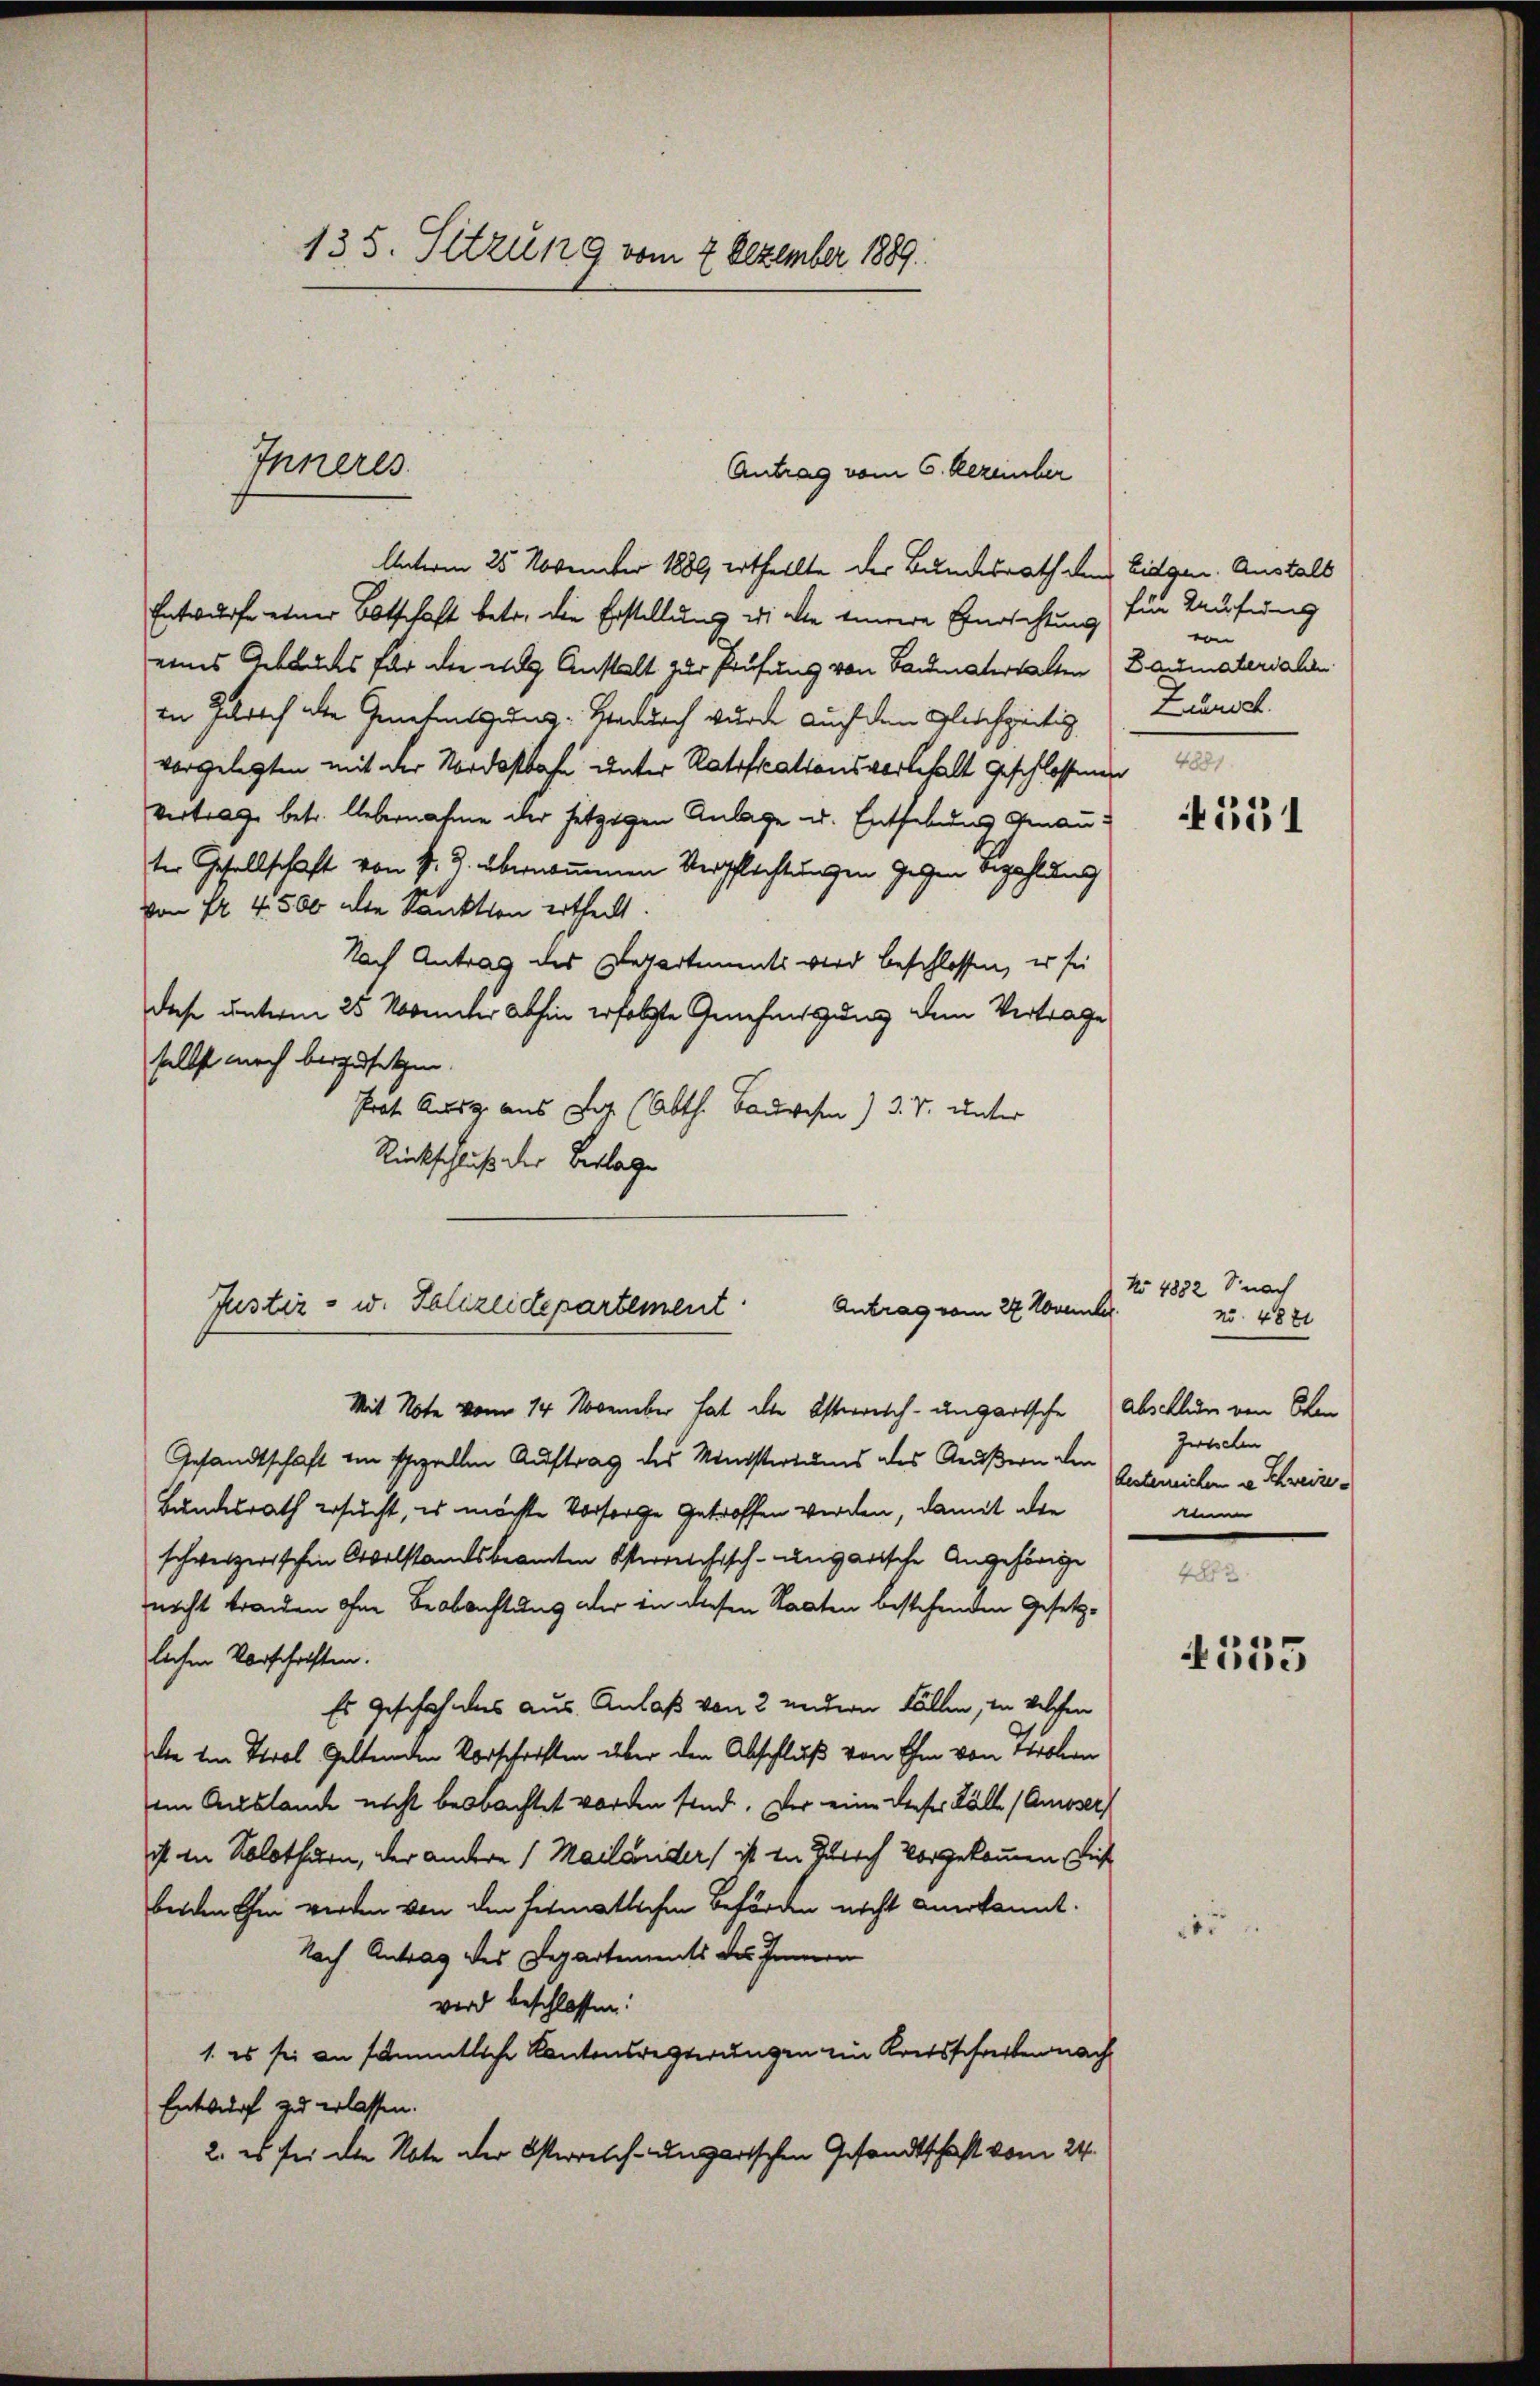
135. Sitzung vom 2. Dezember 1889.

Unterm 25. November 1889 ertheilte der Bundesrath den Eidgen. Anstalt
Entwurfe einer Botschaft betr. die Erstellung wiede innere Einrichtung
eines Gebäudes für die als Anstalt zur Prüfung von Baumaterhalten Baumaterialen
in Jahrsch alte Genehmigung: Wadurch wurde auch dem Gleichzeitig
vorgelegten mit der Nordostbahn unter Ratificationsvorbehalt geschlossenen
Vertrage betr. Uebernahme der jetzigen Anlage u. Enthebung Genauter Gesellschaft von P. J. übernommenen Verpflichtungen gegen Bezahlung
Von 74. 4500 alte Sanktion ertheilt.
Nach Antrag des Departients wird beschlossen, er sei
diese unterm 25. November abhin erfolgte Genehmigung dem Vertrage
selbst noch beizusetzen.
Prat. Ausg. aus Tag (Abth. Bauwesen) d. V. unter
Rückschluß der Beklage

Inneres

Antrag vom 6. Rezeicher

Mit Note vom 14. November hat alte Osterreich-ungartsche Abschlum von Obe
Gesandtschaft im spiellen Auftrag des Ministeriums des Aeußern den
Bundesrath ersucht, es möchte Vorsorge getroffen werden, damit die
schweizerischen Ovelstandsbeamten Osterreichisch-ungarische Angehörige
nicht branden ohne Beobachtung der in diesen Staaten bestehenden Gesetzlichen Vorschriften.
Es geschehenes aus. Anlaß von 2 andern Fällen, in welchen
die von Tirol geltenden Vorschriften über den Abschluß von Ihm von Prolon
im Auslande nicht beobachtet worden sind. Der eine dieser Fälle (Amoser
ist in Solothurn, der andere 1 Mailander) ist in Zürich vorgekommen, dies
beiden Ehen werden von den firmatlichen Behörden nicht anerkannt.
Nach Antrag des Departements des Innern
wird beschlossen:
1. es sei an sämmtliche Kantonsregierungen ein Kretsschreiben nach
Entwurf zu erlassen.
2. es sei die Abte der Osterreich-ungarischen Gesandtschaft vom 24.

Justiz - w. Polizeidepartement. Antrag vom 27. November

für Aufung
von
Zürich.
4881

4551

No 4832 S. nach
No. 4821
Zwischen
bestereichen in Schweize
me

355

.